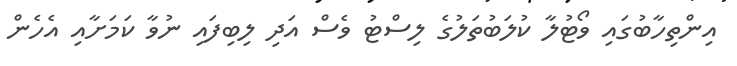
އިންތިހާބުގައި ވޯޓުލާ ކުލަބުތަލުގެ ލިސްޓު ވެސް އަދި ލިބިފައި ނުވާ ކަމަށާއި އެހެން